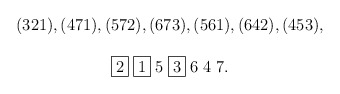
\begin{align*}\begin{array}{c}(321),(471),(572),(673),(561),(642),(453), \\ \\\fbox{$2$} \; \fbox{$1$} \; 5\; \fbox{$3$} \; 6 \; 4 \; 7. \\\end{array}\end{align*}